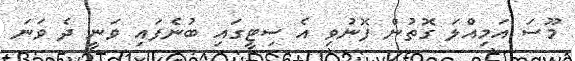
މޫސަ އަމިއްލަ ގޮތުން ފޮނުވި އެ ސިޓީގައި ބުނެފައި ވަނީ ދެ ވަނަ